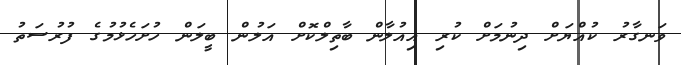
ވަނގާރު ކުއްޔަށް ދިނުމަށް ކުރި އިއުލާން ބާތިލްކޮށް އަލުން ބީލަން ހުށަހެޅުމުގެ ފުރުސަތު